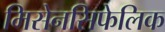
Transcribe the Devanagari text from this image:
मिसेनसिफेलिक